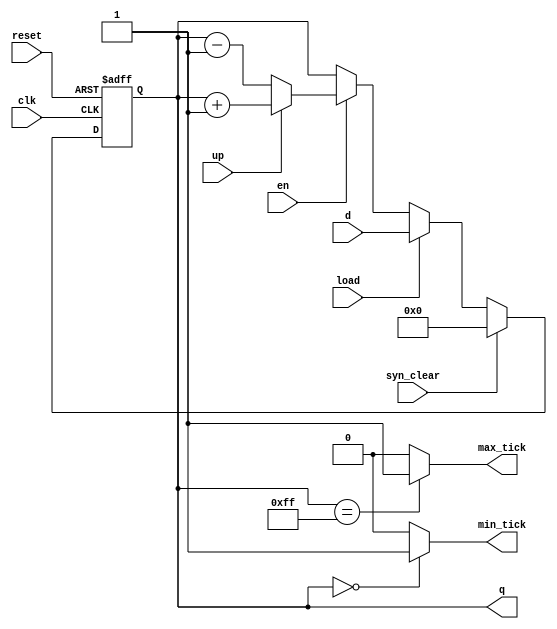
module univ_bin_counter
  #(parameter N=8)
   (
    input wire clk,
    input wire reset,
    input wire syn_clear,
    input wire [N-1:0] d,
    input wire en,
    input wire load,
    input wire up,
    output wire max_tick,
    output wire min_tick,
    output wire [N-1:0] q
    );

   // signal declarations
   reg [N-1:0]          r_reg;
   reg [N-1:0]          r_next;

   // body
   always @(posedge clk, posedge reset) begin
      if (reset) begin
         r_reg <= 0;
      end
      else begin
         r_reg <= r_next;
      end
   end

   // next state logic
   always @*
     if (syn_clear) begin
        r_next = 0;
     end
     else if (load) begin
        r_next = d;
     end
     else if (en) begin
        if (up) begin
           r_next = r_reg + 1;
        end
        else begin
           r_next = r_reg - 1;
        end
     end
     else begin
        r_next = r_reg;
     end // else: !if(en)

   // output logic
   assign q = r_reg;
   assign max_tick = (r_reg == 2**N-1) ? 1'b1 : 1'b0;
   assign min_tick = (r_reg == 0) ? 1'b1 : 1'b0;

endmodule // univ_bin_counter